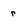
Character: r